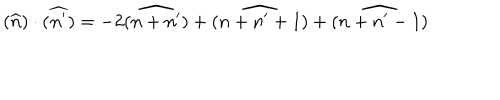
( \widehat { n } ) \cdot ( \widehat { n ^ { \prime } } ) = - 2 ( \widehat { n + n ^ { \prime } } ) + ( \widehat { n + n ^ { \prime } + 1 } ) + ( \widehat { n + n ^ { \prime } - 1 } )